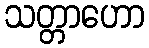
သတ္တာဟော